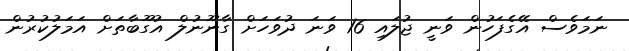
ނަމަވެސް އޭގެފަހުން ވަނީ ޖުލައި 16 ވަނަ ދުވަހަށް ގާނޫނުލް އުގޫބާތަށް އަމަލުކުރުން